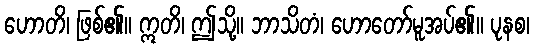
ဟောတိ၊ ဖြစ်၏။ ဣတိ၊ ဤသို့။ ဘာသိတံ၊ ဟောတော်မူအပ်၏။ ပုနစ၊